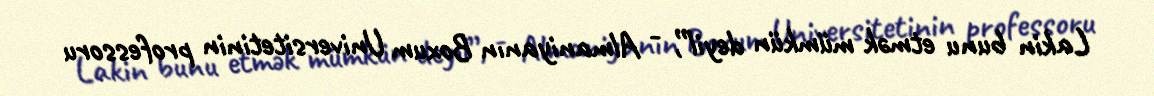
Lakin bunu etmək mümkün deyil”, - Almaniyanın Boxum Universitetinin professoru